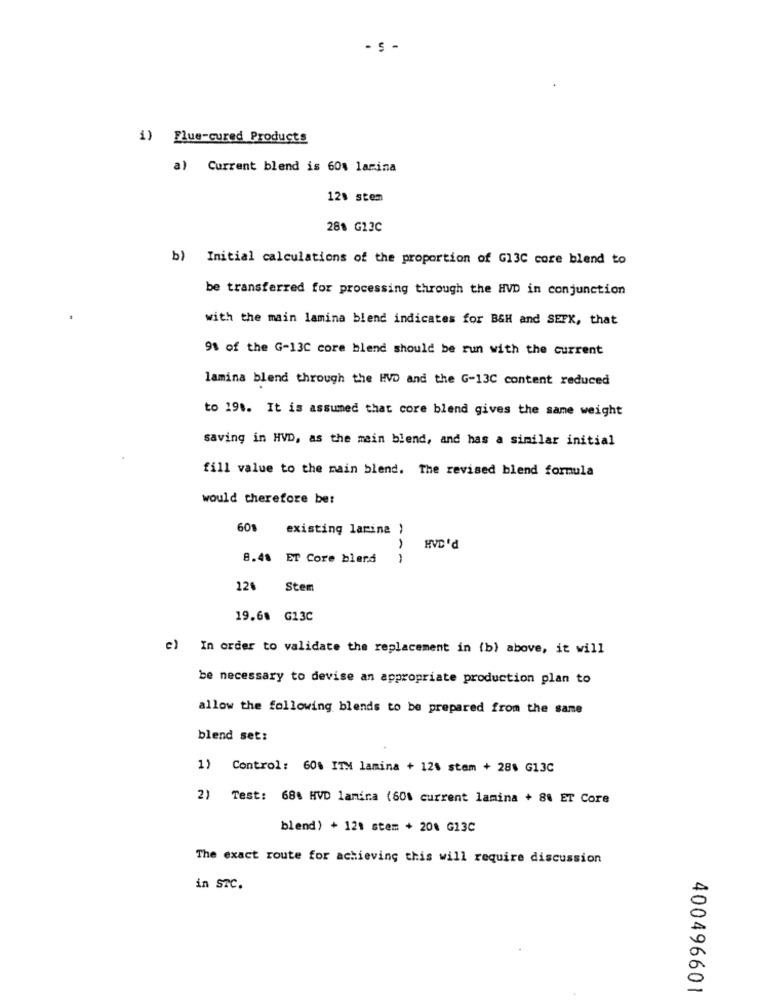
- 5 -
i) Flue-cured Products
a) Current blend is 60% lamina
12% stem
288 G23C
b) Initial calculations of the proportion of GI3C core blend to
be transferred for processing through the HVD in conjunction
with the main lamina blend indicates for B&H and SEFX, that
91 of the G-13C core blend should be run with the current
lamina blend through the HVD and the G-13C content reduced
to 198. It is assumed that core blend gives the same weight
saving in HVD, as the main blend, and has a similar initial
fill value to the main blend. The revised blend formula
would therefore bet
608
existing larina
HVD 'd
8.48 ET Core blend
---
126
Stem
19.68 G13C
c) In order to validate the replacement in (b) above, it will
be necessary to devise an appropriate production plan to
allow the following blends to be prepared from the same
blend set:
1) Control: 60% ITX lamina + 12% stem + 288 G13C
2) Test: 688 HVD lamina (60% current lamina + 88 ET Core
blend) + 12: stem + 208 G13C
The exact route for achieving this will require discussion
in STC.
400496601